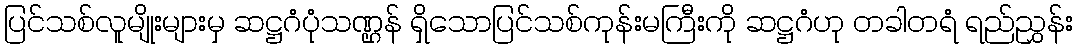
ပြင်သစ်လူမျိုးများမှ ဆဋ္ဌဂံပုံသဏ္ဌန် ရှိသောပြင်သစ်ကုန်းမကြီးကို ဆဋ္ဌဂံဟု တခါတရံ ရည်ညွှန်း